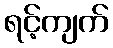
ရင့်ကျက်